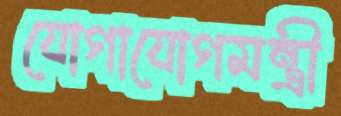
যোগাযোগমন্ত্রী